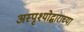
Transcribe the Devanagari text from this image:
अस्पृश्योद्धाराच्या